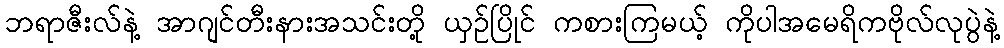
ဘရာဇီးလ်နဲ့ အာဂျင်တီးနားအသင်းတို့ ယှဉ်ပြိုင် ကစားကြမယ့် ကိုပါအမေရိကဗိုလ်လုပွဲနဲ့